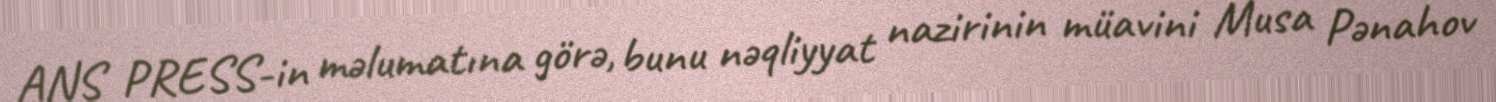
ANS PRESS-in məlumatına görə, bunu nəqliyyat nazirinin müavini Musa Pənahov